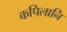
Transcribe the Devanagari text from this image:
कपिलानि